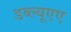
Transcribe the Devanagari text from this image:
डब्ल्यूएए